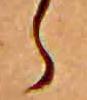
ら